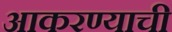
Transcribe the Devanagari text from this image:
आकरण्याची